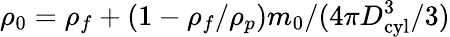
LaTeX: \rho_{0}=\rho_{f}+(1-\rho_{f}/\rho_{p})m_{0}/(4\pi D_{\textrm{cyl}}^{3}/3)